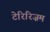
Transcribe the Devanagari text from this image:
टेरिरिज़म